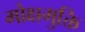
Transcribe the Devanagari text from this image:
मोक्षमुक्ति